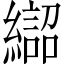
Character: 𱺈